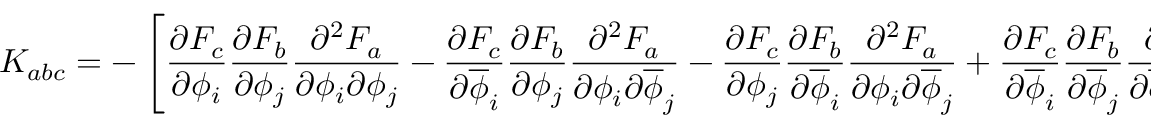
K _ { a b c } = - \left[ { \frac { \partial F _ { c } } { \partial \phi _ { i } } } { \frac { \partial F _ { b } } { \partial \phi _ { j } } } { \frac { \partial ^ { 2 } F _ { a } } { \partial \phi _ { i } \partial \phi _ { j } } } - { \frac { \partial F _ { c } } { \partial \overline { { { \phi } } } _ { i } } } { \frac { \partial F _ { b } } { \partial \phi _ { j } } } { \frac { \partial ^ { 2 } F _ { a } } { \partial \phi _ { i } \partial \overline { { { \phi } } } _ { j } } } - { \frac { \partial F _ { c } } { \partial \phi _ { j } } } { \frac { \partial F _ { b } } { \partial \overline { { { \phi } } } _ { i } } } { \frac { \partial ^ { 2 } F _ { a } } { \partial \phi _ { i } \partial \overline { { { \phi } } } _ { j } } } + { \frac { \partial F _ { c } } { \partial \overline { { { \phi } } } _ { i } } } { \frac { \partial F _ { b } } { \partial \overline { { { \phi } } } _ { j } } } { \frac { \partial ^ { 2 } F _ { a } } { \partial \overline { { { \phi } } } _ { i } \partial \overline { { { \phi } } } _ { j } } } \right]